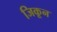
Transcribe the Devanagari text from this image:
जिकून